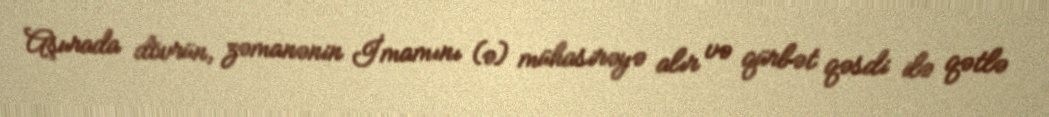
Aşurada dövrün, zəmanənin İmamını (ə) mühasirəyə alır və qürbət qəsdi ilə qətlə